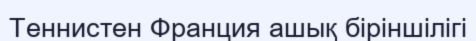
Теннистен Франция ашық біріншілігі